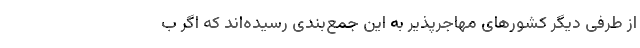
از طرفی دیگر کشورهای مهاجرپذیر به این جمع‌بندی رسیده‌اند که اگر ب